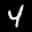
Label: 4